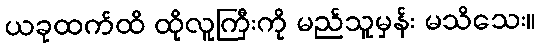
ယခုထက်ထိ ထိုလူကြီးကို မည်သူမှန်း မသိသေး။